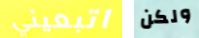
اتبعيني ولكن